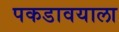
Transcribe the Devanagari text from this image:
पकडावयाला